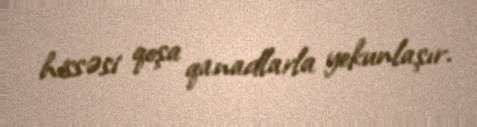
hissəsi qoşa qanadlarla yekunlaşır.